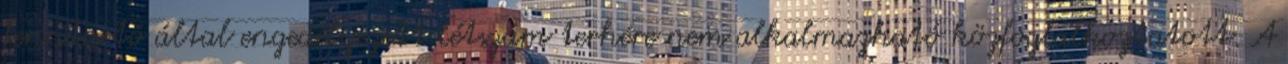
fenntartó által engedélyezett létszám terhére nem alkalmazható közfoglalkoztatott. A